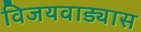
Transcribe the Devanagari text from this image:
विजयवाड्यास